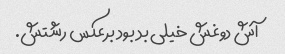
آش دوغش خیلی بد بود برعکس رشتش.